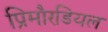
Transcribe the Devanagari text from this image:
प्रिमौरडियल